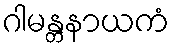
ဂါမန္တနာယကံ